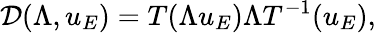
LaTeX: \mathcal{D}(\Lambda,u_{E})=T(\Lambda u_{E})\Lambda T^{-1}(u_{E}),